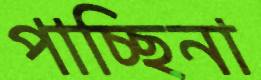
পাচ্ছিনা